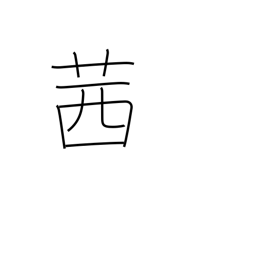
Meaning: red dye